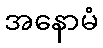
အနောမံ